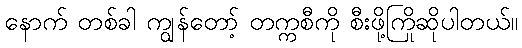
နောက် တစ်ခါ ကျွန်တော့် တက္ကစီကို စီးဖို့ကြိုဆိုပါတယ်။